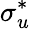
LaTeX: \sigma_{u}^{*}